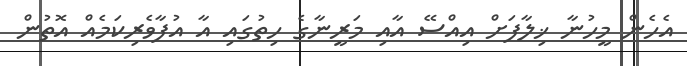
އެހެން މީހުނާ ޚިލާފަށް އިއްސޭ އާއި މަރީނާގެ ހިތުގައި އާ އުފާވެރިކަމެއް އޮތުން